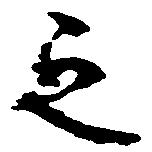
之